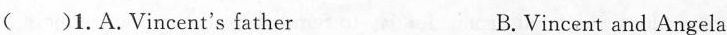
( )1.A.Vincent's father B.Vincent and Angela